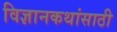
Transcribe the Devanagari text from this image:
विज्ञानकथांसाठी